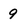
Character: 9